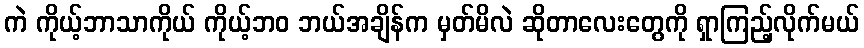
ကဲ ကိုယ့်ဘာသာကိုယ် ကိုယ့်ဘဝ ဘယ်အချိန်က မှတ်မိလဲ ဆိုတာလေးတွေကို ရှာကြည့်လိုက်မယ်